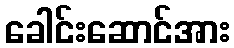
ခေါင်းဆောင်အား